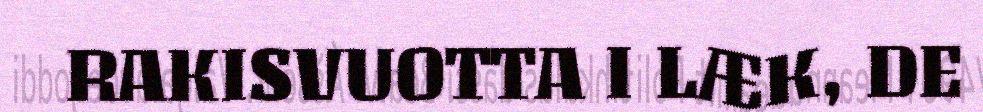
RAKISVUOTTA I LÆK, DE